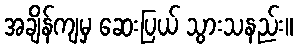
အချိန်ကျမှ ဆေးပြယ် သွားသနည်း။